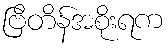
ဗြိတိန်အစိုးရက